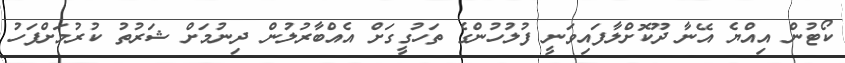
ކޯޓުން އިއްޔެ އޭނާ ދޫކޮށްލާފައިވަނީ ފުލުހުންގެ ތަހުގީގަށް އެއްބާރުލުން ދިނުމަށް ޝަރުތު ކުރުމަށްފަހު